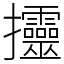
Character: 𢺰